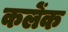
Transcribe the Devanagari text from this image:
कलेंक